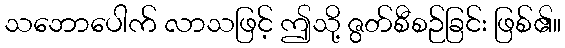
သဘောပေါက် လာသဖြင့် ဤသို့ ဇွတ်စီစဉ်ခြင်း ဖြစ်၏။